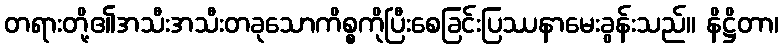
တရားတို့၏အသီးအသီးတခုသောကိစ္စကိုပြီးစေခြင်းပြဿနာမေးခွန်းသည်။ နိဋ္ဌိတာ၊